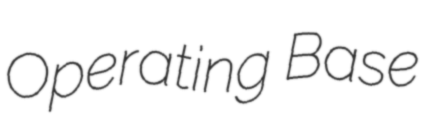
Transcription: Operating Base